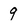
Character: 9